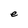
Character: e